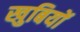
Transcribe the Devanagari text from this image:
खुबियों